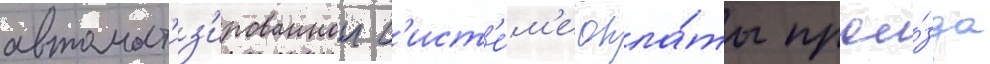
автомат'из'ированнои с'ист'е́м'е опла́ты прое́зда